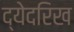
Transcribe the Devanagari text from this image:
द्येदरिख